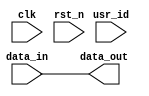
//copilot mean_prob: 0.5572115889090283
//This file was assembled by gen.py, written by redactedAuthorFirstname redactedAuthorLastname.
module user_locked_register(data_out, usr_id, data_in, clk, rst_n);
output reg [7:0] data_out;
input wire [1:0] usr_id;
input wire [7:0] data_in;
input wire clk, rst_n;

//write data_in to data_out only when usr_id is 2'h2
//-copilot next line-
//copilot mean_prob: 0.5572115889090283

always @(rst_n)
begin
	data_out <= data_in;
end



endmodule